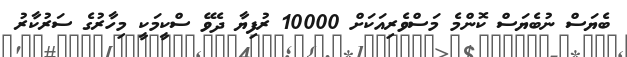
ބެޔަސް ނުބެޔަސް ކޮންމެ މަސްވެރިއަކަށް 10000 ރުފިޔާ ދެވޭ ސްކީމަކީ މިހާރުގެ ސަރުކާރު